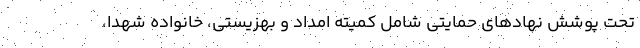
تحت پوشش نهادهای حمایتی شامل کمیته امداد و بهزیستی، خانواده شهدا،